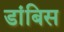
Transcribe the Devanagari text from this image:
डांबिस